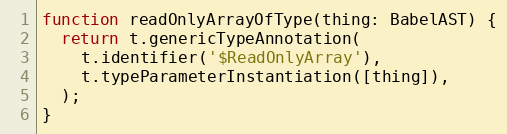
Language: JavaScript
function readOnlyArrayOfType(thing: BabelAST) {
  return t.genericTypeAnnotation(
    t.identifier('$ReadOnlyArray'),
    t.typeParameterInstantiation([thing]),
  );
}